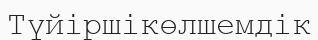
Түйіршікөлшемдік